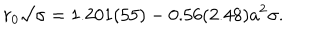
{ { r _ { 0 } } { \surd \sigma } } = 1 . 2 0 1 ( 5 5 ) - 0 . 5 6 ( 2 . 4 8 ) a ^ { 2 } \sigma .